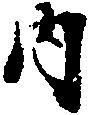
内